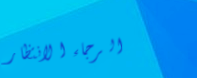
الرجاء الانتظار